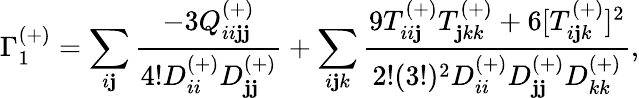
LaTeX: \Gamma_{1}^{(+)}=\sum_{i\mathbf{j}}\frac{{-3Q_{ii\mathbf{j}\mathbf{j}}^{(+)}}}{{4!D_{ii}^{(+)}D_{\mathbf{j}\mathbf{j}}^{(+)}}}+\sum_{i\mathbf{j}k}\frac{{9T_{ii\mathbf{j}}^{(+)}T_{\mathbf{j}kk}^{(+)}+6[T_{i\mathbf{j}k}^{(+)}]^{2}}}{{2!(3!)^{2}D_{ii}^{(+)}D_{\mathbf{j}\mathbf{j}}^{(+)}D_{kk}^{(+)}}},